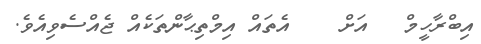
އިބްރާހީމް   އަށް    އެތައް އިމްތިޙާންތަކެއް ޖެއްސެވިއެވެ.